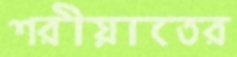
শরীয়াতের